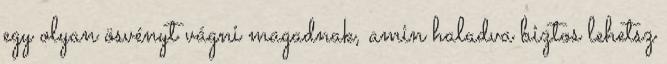
egy olyan ösvényt vágni magadnak, amin haladva biztos lehetsz